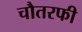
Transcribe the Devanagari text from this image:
चौतरफी